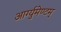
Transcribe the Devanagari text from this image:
आर्ग्युमेण्टम्